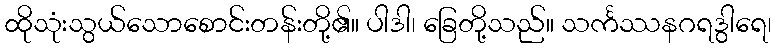
ထိုသုံးသွယ်သောစောင်းတန်းတို့၏။ ပါဒါ၊ ခြေတို့သည်။ သင်္ကဿနဂရဒွါရေ၊